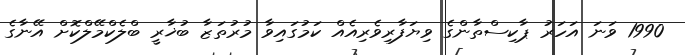
1990 ވަނަ އަހަރު ޕާކިސްތާންގެ ވިޔަފާރިވެރިއެއް ކަމުގައިވާ މުރުތަޒާ ބުޚާރީ ބްލެކްމޭލްކޮށް އޭނާގެ